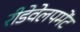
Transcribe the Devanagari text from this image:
रीडेवेलपमेंट